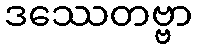
ဒဿေတဗ္ဗာ